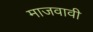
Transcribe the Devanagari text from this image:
माजवावी